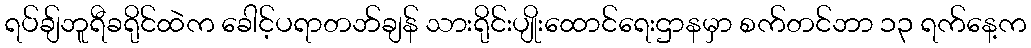
ရပ်ချ်ဘူရီခရိုင်ထဲက ခေါင့်ပရာတဘ်ချန် သားရိုင်းပျိုးထောင်ရေးဌာနမှာ စက်တင်ဘာ ၁၃ ရက်နေ့က